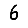
Digit: 6